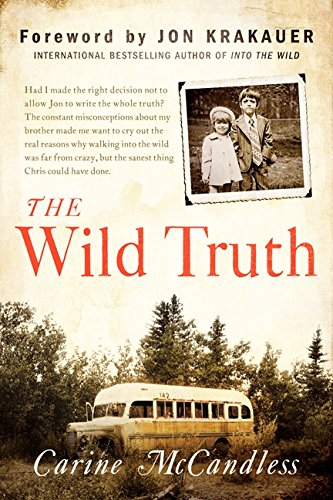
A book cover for The Wild Truth; Carine McCandless; Parenting & Relationships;